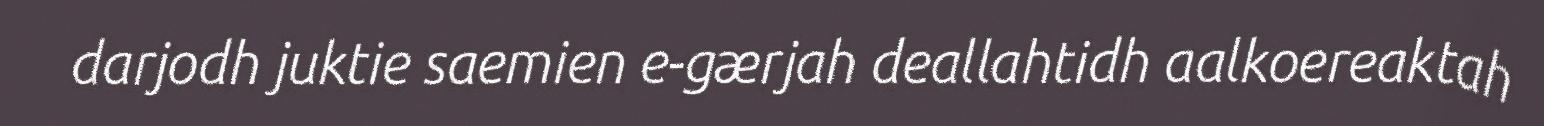
darjodh juktie saemien e-gærjah deallahtidh aalkoereaktah